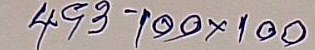
493 - 100 x 100